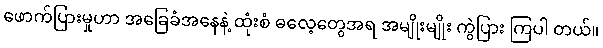
ဖောက်ပြားမှုဟာ အခြေခံအနေနဲ့ ထုံးစံ ဓလေ့တွေအရ အမျိုးမျိုး ကွဲပြား ကြပါ တယ်။